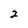
Character: 2